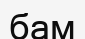
бам